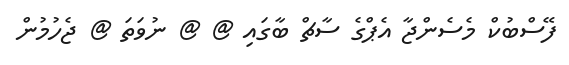
ފޭސްބުކް މެސެންޖާ އެޕްގެ ސާޗް ބާގައި @ @ ނުވަތަ @ ޖެހުމުން